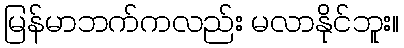
မြန်မာဘက်ကလည်း မလာနိုင်ဘူး။